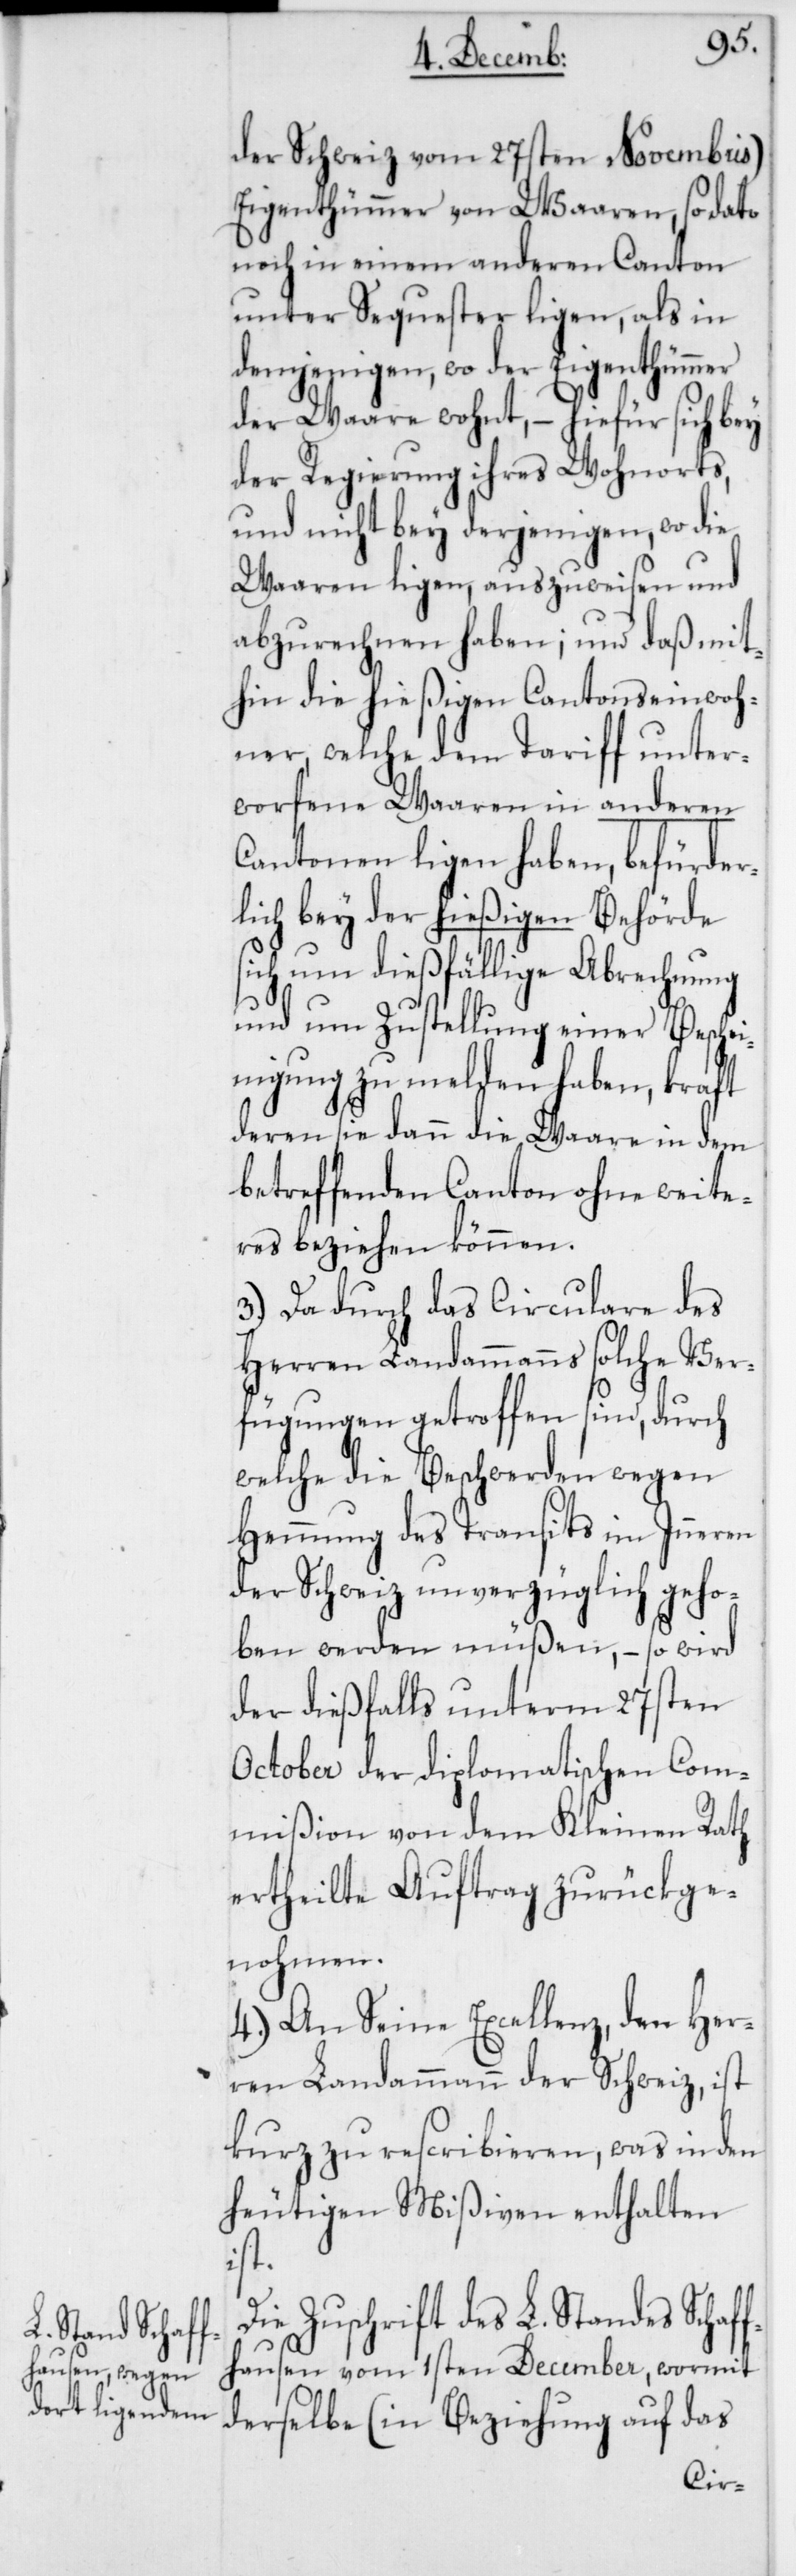
der Schweiz vom 27sten Novembris)
Eigenthümer von Waaren, so dato
noch in einem anderen Canton
unter Sequester ligen, als in
denjenigen, wo der Eigenthümer
der Waare wohnt, – hiefür sich bey
der Regierung ihres Wohnorts,
und nicht bey derjenigen, wo die
Waaren ligen, auszuweisen und
abzurechnen haben; und daß mit¬
hin die hießigen Cantonseinwoh¬
ner, welche dem Tariff unter¬
worfene Waaren in anderen
Cantonen ligen haben, befürder¬
lich bey der hießigen Behörde
sich um dießfällige Abrechnung
und um Zustellung einer Besche¬
inigung zu melden haben, kraft
deren sie dann die Waare in dem
betreffenden Canton ohne weite¬
res beziehen können.
3.) Da durch das Circulare des
Herren Landammanns solche Ver¬
fügungen getroffen sind, durch
welche die Beschwerden wegen
Hemmung des Transits im Inneren
der Schweiz unverzüglich geho¬
ben werden müßen, – so wird
der dießfalls unterm 27sten
October der Diplomatischen Com¬
mißion von dem Kleinen Rath
ertheilte Auftrag zurükge¬
nohmen.
4.) An Seine Excellenz, den Her¬
ren Landammann der Schweiz, ist
kurz zu rescribieren, was in den
heutigen Mißiven enthalten
ist.
Die Zuschrift des L. Standes Schaff¬
hausen vom 1sten December, wormit